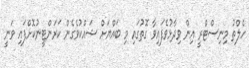
ހެލްތު މިނިސްޓްރީ އިން ވިދާޅުވެފައިވާ ގޮތުގައި މި ބައްޔަށް ޝައްކުވެގެން ކަރަންޓީނުކޮށްފައި ވަނީ